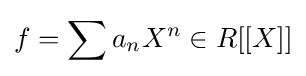
f=\sum a_{n}X^{n}\in R[[X]]